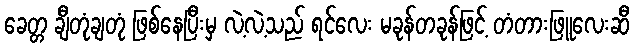
ခေတ္တ ချီတုံချတုံ ဖြစ်နေပြီးမှ လဲ့လဲ့သည် ရင်လေး မခုန်တခုန်ဖြင့် တံတားဖြူလေးဆီ